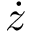
\dot { z }